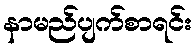
နာမည်ပျက်စာရင်း